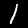
Label: 1